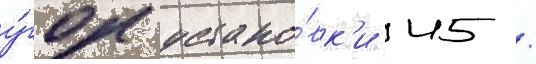
у́гол устано́вк'и 45 /